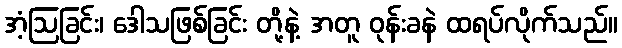
အံ့ဩခြင်း၊ ဒေါသဖြစ်ခြင်း တို့နဲ့ အတူ ဝုန်းခနဲ ထရပ်လိုက်သည်။